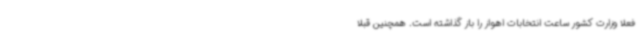
فعلا وزارت کشور ساعت انتخابات اهواز را باز گذاشته است. همچنین قبلا